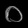
Digit: ၀